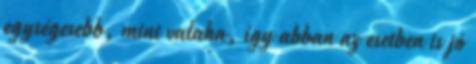
egységesebb, mint valaha, így abban az esetben is jó